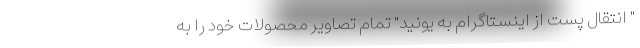
" انتقال پست از اینستاگرام به یونید" تمام تصاویر محصولات خود را به